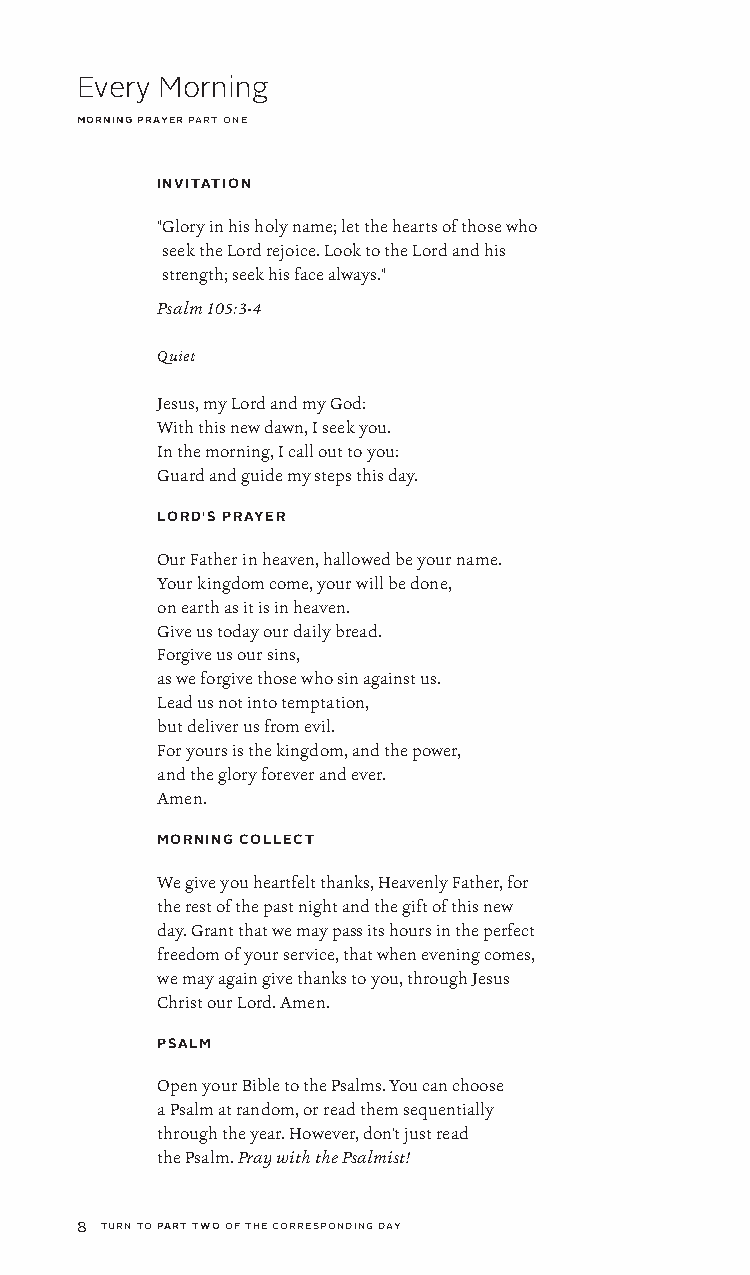
Every Morning
 morning prayer part one
 INVITATION
 " Glory in his holy name; let the hearts of those who
 seek the Lord rejoice. Look to the Lord and his
 strength; seek his face always."
 Psalm 105:3-4
 Quiet
 Jesus, my Lord and my God:
 With this new dawn, I seek you.
 In the morning, I call out to you:
 Guard and guide my steps this day.
 LORD'S PRAYER
 Our Father in heaven, hallowed be your name.
 Your kingdom come, your will be done,
 on earth as it is in heaven.
 Give us today our daily bread.
 Forgive us our sins,
 as we forgive those who sin against us.
 Lead us not into temptation,
 but deliver us from evil.
 For yours is the kingdom, and the power,
 and the glory forever and ever.
 Amen.
 MORNING COLLECT
 We give you heartfelt thanks, Heavenly Father, for
 the rest of the past night and the gift of this new
 day. Grant that we may pass its hours in the perfect
 freedom of your service, that when evening comes,
 we may again give thanks to you, through Jesus
 Christ our Lord. Amen.
 PSALM
 Open your Bible to the Psalms. You can choose
 a Psalm at random, or read them sequentially
 through the year. However, don't just read
 the Psalm. Pray with the Psalmist!
 8 turn to part two of the corresponding day